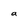
Character: a